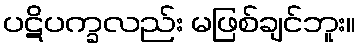
ပဋိပက္ခလည်း မဖြစ်ချင်ဘူး။